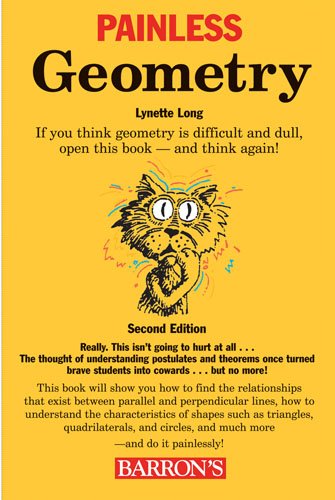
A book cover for Painless Geometry (Painless Series); Lynette Long; Science & Math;